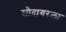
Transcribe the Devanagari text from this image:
सौदागरला